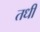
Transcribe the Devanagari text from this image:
तधी